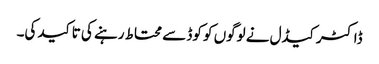
ڈاکٹر کیڈل نے لوگوں کو کوڈ سے محتاط رہنے کی تاکید کی۔